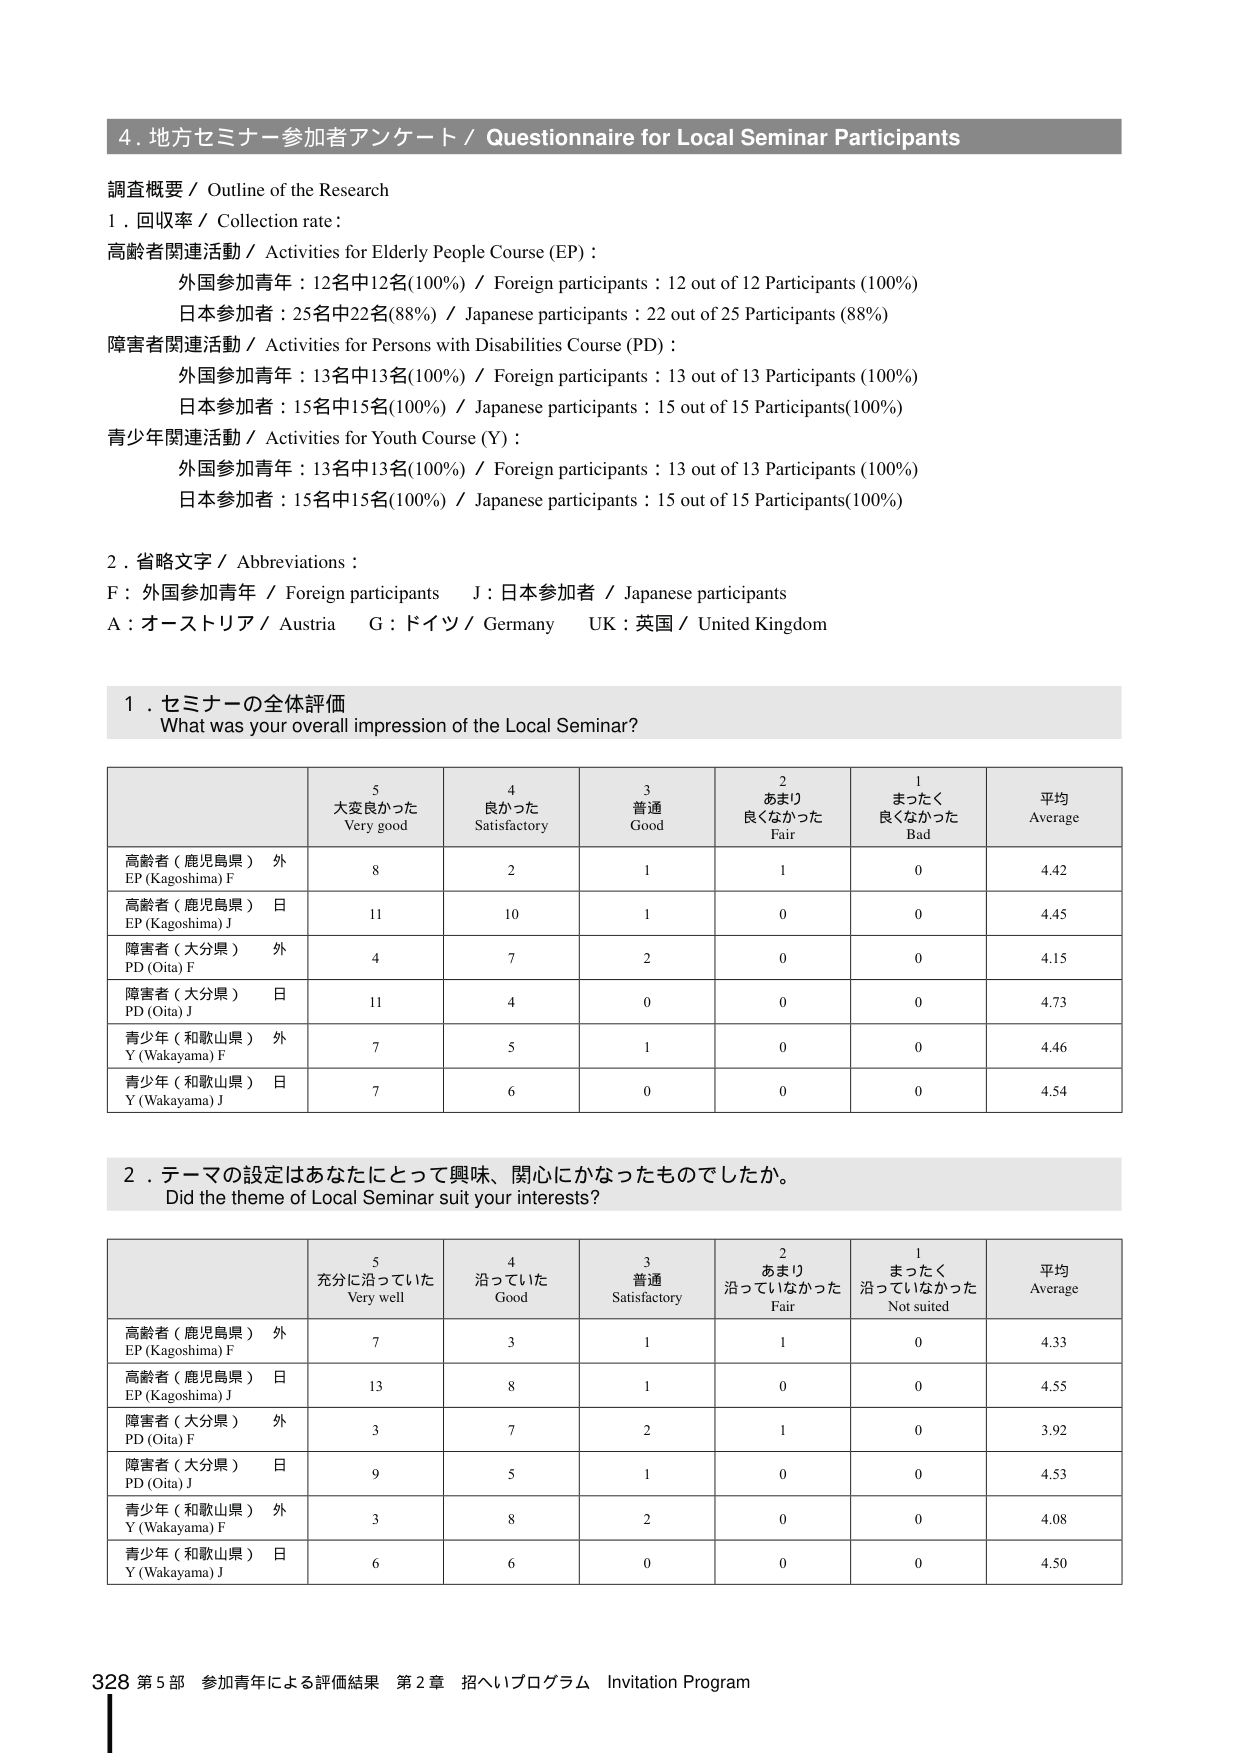
4. 地方セミナー参加者アンケート / Questionnaire for Local Seminar Participants

調査概要 / Outline of the Research
1. 回収率 / Collection rate:
高齢者関連活動 / Activities for Elderly People Course (EP):
　外国参加青年：12名中12名(100%) / Foreign participants : 12 out of 12 Participants (100%)
　日本参加者：25名中22名(88%) / Japanese participants : 22 out of 25 Participants (88%)
障害者関連活動 / Activities for Persons with Disabilities Course (PD):
　外国参加青年：13名中13名(100%) / Foreign participants : 13 out of 13 Participants (100%)
　日本参加者：15名中15名(100%) / Japanese participants : 15 out of 15 Participants (100%)
青少年関連活動 / Activities for Youth Course (Y):
　外国参加青年：13名中13名(100%) / Foreign participants : 13 out of 13 Participants (100%)
　日本参加者：15名中15名(100%) / Japanese participants : 15 out of 15 Participants (100%)

2. 省略文字 / Abbreviations:
F：外国参加青年 / Foreign participants　J：日本参加者 / Japanese participants
A：オーストリア / Austria　G：ドイツ / Germany　UK：英国 / United Kingdom

1. セミナーの全体評価
What was your overall impression of the Local Seminar?

5 大変良かった
Very good
4 良かった
Satisfactory
3 普通
Good
2 あまり良くなかった
Fair
1 まったく良くなかった
Bad
平均
Average

高齢者（鹿児島県）外
EP (Kagoshima) F
8
2
1
1
0
4.42

高齢者（鹿児島県）日
EP (Kagoshima) J
11
10
1
0
0
4.45

障害者（大分県）外
PD (Oita) F
4
7
2
0
0
4.15

障害者（大分県）日
PD (Oita) J
11
4
0
0
0
4.73

青少年（和歌山県）外
Y (Wakayama) F
7
5
1
0
0
4.46

青少年（和歌山県）日
Y (Wakayama) J
7
6
0
0
0
4.54

2. テーマの設定はあなたにとって興味、関心にかなったものでしたか。
Did the theme of Local Seminar suit your interests?

5 充分に沿っていた
Very well
4 沿っていた
Good
3 普通
Satisfactory
2 あまり沿っていなかった
Fair
1 まったく沿っていなかった
Not suited
平均
Average

高齢者（鹿児島県）外
EP (Kagoshima) F
7
3
1
1
0
4.33

高齢者（鹿児島県）日
EP (Kagoshima) J
13
8
1
0
0
4.55

障害者（大分県）外
PD (Oita) F
3
7
2
1
0
3.92

障害者（大分県）日
PD (Oita) J
9
5
1
0
0
4.53

青少年（和歌山県）外
Y (Wakayama) F
3
8
2
0
0
4.08

青少年（和歌山県）日
Y (Wakayama) J
6
6
0
0
0
4.50

328 第5部 参加青年による評価結果 第2章 招へいプログラム Invitation Program